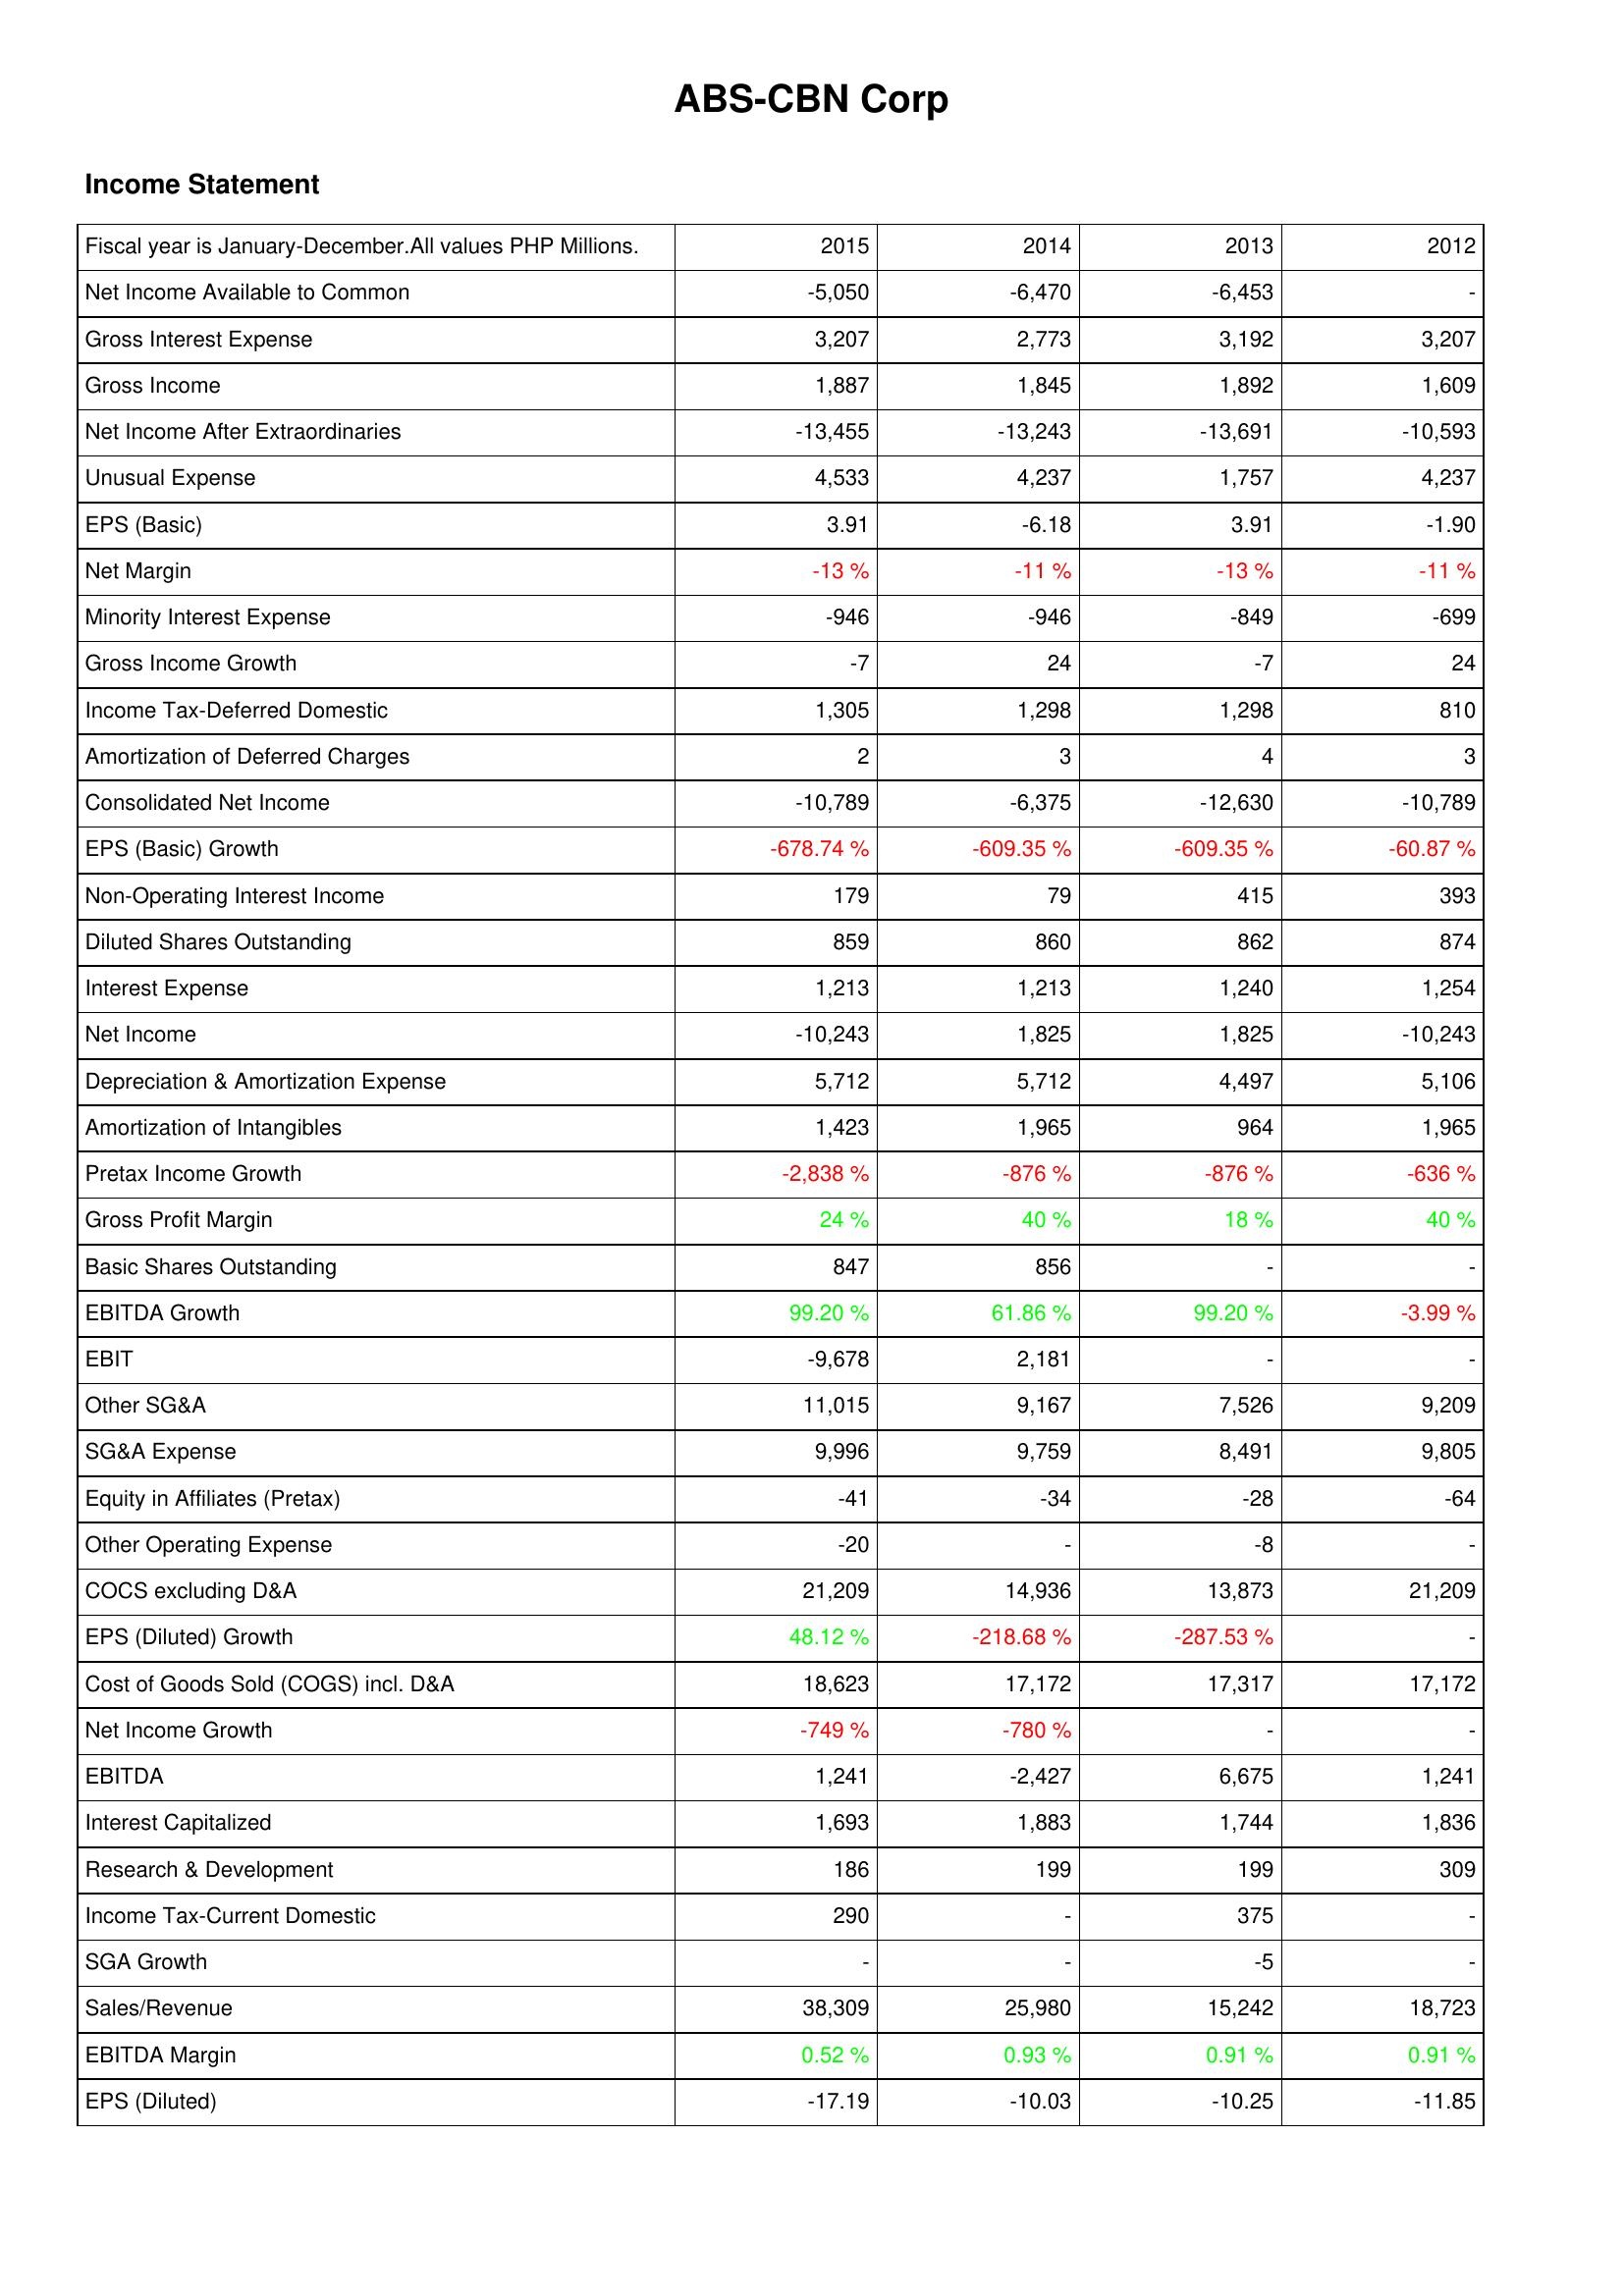
2015: Income Statement: Net Income Available to Common: -5,050
Gross Interest Expense: 3,207
Gross Income: 1,887
Net Income After Extraordinaries: -13,455
Unusual Expense: 4,533
EPS (Basic): 3.91
Net Margin: -13 %
Minority Interest Expense: -946
Gross Income Growth: -7
Income Tax-Deferred Domestic: 1,305
Amortization of Deferred Charges: 2
Consolidated Net Income: -10,789
EPS (Basic) Growth: -678.74 %
Non-Operating Interest Income: 179
Diluted Shares Outstanding: 859
Interest Expense: 1,213
Net Income: -10,243
Depreciation & Amortization Expense: 5,712
Amortization of Intangibles: 1,423
Pretax Income Growth: -2,838 %
Gross Profit Margin: 24 %
Basic Shares Outstanding: 847
EBITDA Growth: 99.20 %
EBIT: -9,678
Other SG&A: 11,015
SG&A Expense: 9,996
Equity in Affiliates (Pretax): -41
Other Operating Expense: -20
COCS excluding D&A: 21,209
EPS (Diluted) Growth: 48.12 %
Cost of Goods Sold (COGS) incl. D&A: 18,623
Net Income Growth: -749 %
EBITDA: 1,241
Interest Capitalized: 1,693
Research & Development: 186
Income Tax-Current Domestic: 290
SGA Growth: -
Sales/Revenue: 38,309
EBITDA Margin: 0.52 %
EPS (Diluted): -17.19
2014: Income Statement: Net Income Available to Common: -6,470
Gross Interest Expense: 2,773
Gross Income: 1,845
Net Income After Extraordinaries: -13,243
Unusual Expense: 4,237
EPS (Basic): -6.18
Net Margin: -11 %
Minority Interest Expense: -946
Gross Income Growth: 24
Income Tax-Deferred Domestic: 1,298
Amortization of Deferred Charges: 3
Consolidated Net Income: -6,375
EPS (Basic) Growth: -609.35 %
Non-Operating Interest Income: 79
Diluted Shares Outstanding: 860
Interest Expense: 1,213
Net Income: 1,825
Depreciation & Amortization Expense: 5,712
Amortization of Intangibles: 1,965
Pretax Income Growth: -876 %
Gross Profit Margin: 40 %
Basic Shares Outstanding: 856
EBITDA Growth: 61.86 %
EBIT: 2,181
Other SG&A: 9,167
SG&A Expense: 9,759
Equity in Affiliates (Pretax): -34
Other Operating Expense: -
COCS excluding D&A: 14,936
EPS (Diluted) Growth: -218.68 %
Cost of Goods Sold (COGS) incl. D&A: 17,172
Net Income Growth: -780 %
EBITDA: -2,427
Interest Capitalized: 1,883
Research & Development: 199
Income Tax-Current Domestic: -
SGA Growth: -
Sales/Revenue: 25,980
EBITDA Margin: 0.93 %
EPS (Diluted): -10.03
2013: Income Statement: Net Income Available to Common: -6,453
Gross Interest Expense: 3,192
Gross Income: 1,892
Net Income After Extraordinaries: -13,691
Unusual Expense: 1,757
EPS (Basic): 3.91
Net Margin: -13 %
Minority Interest Expense: -849
Gross Income Growth: -7
Income Tax-Deferred Domestic: 1,298
Amortization of Deferred Charges: 4
Consolidated Net Income: -12,630
EPS (Basic) Growth: -609.35 %
Non-Operating Interest Income: 415
Diluted Shares Outstanding: 862
Interest Expense: 1,240
Net Income: 1,825
Depreciation & Amortization Expense: 4,497
Amortization of Intangibles: 964
Pretax Income Growth: -876 %
Gross Profit Margin: 18 %
Basic Shares Outstanding: -
EBITDA Growth: 99.20 %
EBIT: -
Other SG&A: 7,526
SG&A Expense: 8,491
Equity in Affiliates (Pretax): -28
Other Operating Expense: -8
COCS excluding D&A: 13,873
EPS (Diluted) Growth: -287.53 %
Cost of Goods Sold (COGS) incl. D&A: 17,317
Net Income Growth: -
EBITDA: 6,675
Interest Capitalized: 1,744
Research & Development: 199
Income Tax-Current Domestic: 375
SGA Growth: -5
Sales/Revenue: 15,242
EBITDA Margin: 0.91 %
EPS (Diluted): -10.25
2012: Income Statement: Net Income Available to Common: -
Gross Interest Expense: 3,207
Gross Income: 1,609
Net Income After Extraordinaries: -10,593
Unusual Expense: 4,237
EPS (Basic): -1.90
Net Margin: -11 %
Minority Interest Expense: -699
Gross Income Growth: 24
Income Tax-Deferred Domestic: 810
Amortization of Deferred Charges: 3
Consolidated Net Income: -10,789
EPS (Basic) Growth: -60.87 %
Non-Operating Interest Income: 393
Diluted Shares Outstanding: 874
Interest Expense: 1,254
Net Income: -10,243
Depreciation & Amortization Expense: 5,106
Amortization of Intangibles: 1,965
Pretax Income Growth: -636 %
Gross Profit Margin: 40 %
Basic Shares Outstanding: -
EBITDA Growth: -3.99 %
EBIT: -
Other SG&A: 9,209
SG&A Expense: 9,805
Equity in Affiliates (Pretax): -64
Other Operating Expense: -
COCS excluding D&A: 21,209
EPS (Diluted) Growth: -
Cost of Goods Sold (COGS) incl. D&A: 17,172
Net Income Growth: -
EBITDA: 1,241
Interest Capitalized: 1,836
Research & Development: 309
Income Tax-Current Domestic: -
SGA Growth: -
Sales/Revenue: 18,723
EBITDA Margin: 0.91 %
EPS (Diluted): -11.85